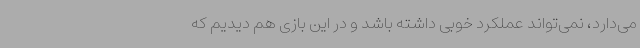
می‌دارد، نمی‌تواند عملکرد خوبی داشته باشد و در این بازی هم دیدیم که